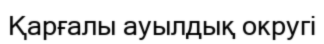
Қарғалы ауылдық округі